Report of an investigation of the epidemic of malarial fever in Assam, or, kala-azar
Disease focus: Malaria
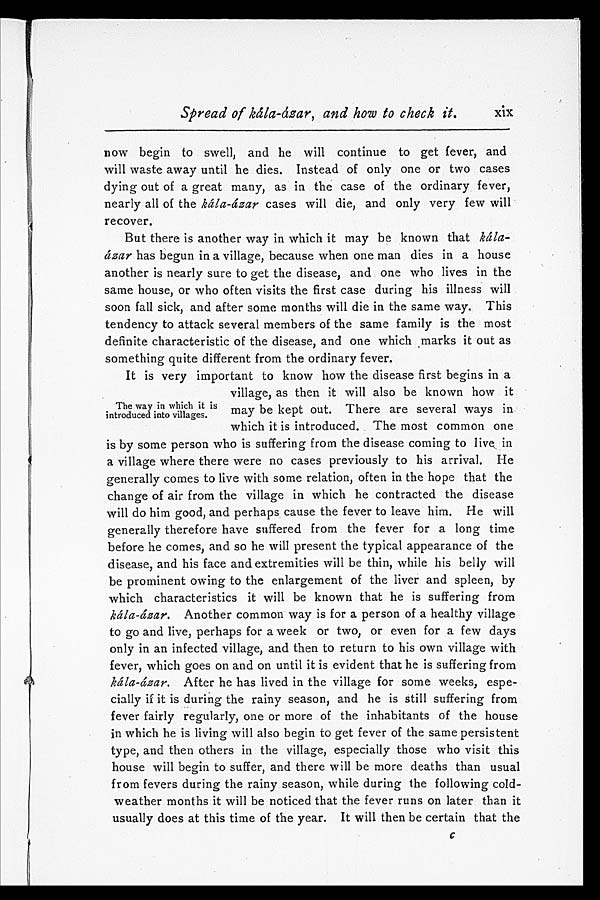
Spread of kála-ázar, and how to check it.
x i x
now begin to swell, and he will continue to get fever, and
will waste away until he dies. Instead of only one or two cases
dying out of a great many, as in the case of the ordinary fever,
nearly all of the kála-ázar cases will die, and only very few will
recover.
But there is another way in which it may be known that kála
-ázar has begun in a village, because when one man dies in a house
another is nearly sure to get the disease, and one who lives in the
same house, or who often visits the first case during his illness will
soon fall sick, and after some months will die in the same way. This
tendency to attack several members of the same family is the most
definite characteristic of the disease, and one which marks it out as
something quite different from the ordinary fever.
It is very important to know how the disease first begins in a
village, as then it will also be known how it
may be kept out. There are several ways in
which it is introduced. The most common one
is by some person who is suffering from the disease coming to live in
a village where there were no cases previously to his arrival. He
generally comes to live with some relation, often in the hope that the
change of air from the village in which he contracted the disease
will do him good, and perhaps cause the fever to leave him. He will
generally therefore have suffered from the fever for a long time
before he comes, and so he will present the typical appearance of the
disease, and his face and extremities will be thin, while his belly will
be prominent owing to the enlargement of the liver and spleen, by
which characteristics it will be known that he is suffering from
kála-ázar. Another common way is for a person of a healthy village
to go and live, perhaps for a week or two, or even for a few days
only in an infected village, and then to return to his own village with
fever, which goes on and on until it is evident that he is suffering from
kála-ázar. After he has lived in the village for some weeks, espe-
-cially if it is during the rainy season, and he is still suffering from
fever fairly regularly, one or more of the inhabitants of the house
in which he is living will also begin to get fever of the same persistent
type, and then others in the village, especially those who visit this
house will begin to suffer, and there will be more deaths than usual
from fevers during the rainy season, while during the following cold-
weather months it will be noticed that the fever runs on later than it
usually does at this time of the year. It will then be certain that the
C
The way in which it is
introduced into villages.